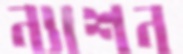
ন্যাশন